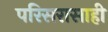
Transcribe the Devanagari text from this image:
परिसरासाही